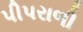
પીપરાળી